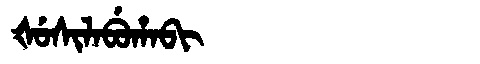
Manchu: ᡧᡠᠰᡳᠯᠠᠪᡠᡥᠠᠪᡳ
Romanization: ŠUSILABUHABI